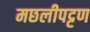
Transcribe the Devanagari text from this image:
मछलीपट्टण